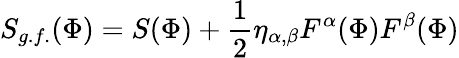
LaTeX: S_{g.f.}(\Phi)=S(\Phi)+\frac{1}{2}\eta_{\alpha,\beta}F^{\alpha}(\Phi)F^{\beta}(\Phi)